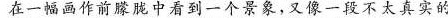
在一副画作前朦胧中看到一个景象，又像一段不太真实的